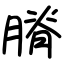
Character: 膌